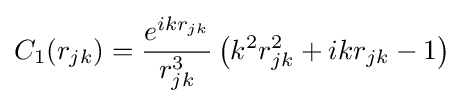
C_{1}(r_{jk})={\frac {e^{ikr_{jk}}}{r_{jk}^{3}}}\left(k^{2}r_{jk}^{2}+ikr_{jk}-1\right)